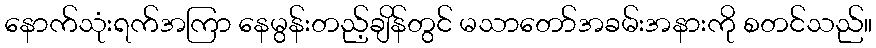
နောက်သုံးရက်အကြာ နေမွန်းတည့်ချိန်တွင် မသာတော်အခမ်းအနားကို စတင်သည်။